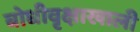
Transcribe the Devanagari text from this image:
बोधीवृक्षाखाली